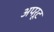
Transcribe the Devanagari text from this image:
अपरूट